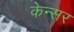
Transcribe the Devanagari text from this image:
केन्सर